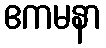
ဧကမနာ